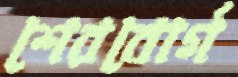
শেরবোর্গ